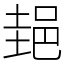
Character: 郌